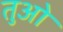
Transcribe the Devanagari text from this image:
तुओ